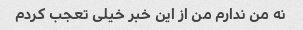
نه من ندارم من از این خبر خیلی تعجب کردم